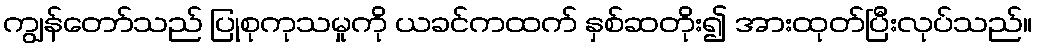
ကျွန်တော်သည် ပြုစုကုသမှုကို ယခင်ကထက် နှစ်ဆတိုး၍ အားထုတ်ပြီးလုပ်သည်။